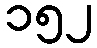
၁၅၂